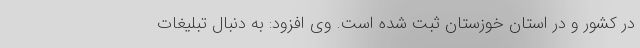
در کشور و در استان خوزستان ثبت شده است. وی افزود: به دنبال تبلیغات